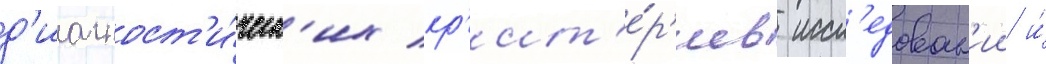
д'иагност'и́ческ'их кр'ит'е́р'иев иссл'едован'ии и́